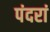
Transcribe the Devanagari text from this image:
पंदरां